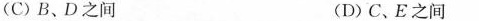
(C)B、D之间 (D)C、E之间